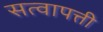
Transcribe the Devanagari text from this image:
सत्वापत्ती